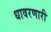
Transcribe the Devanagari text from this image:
धावरणारी